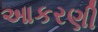
આકરણી